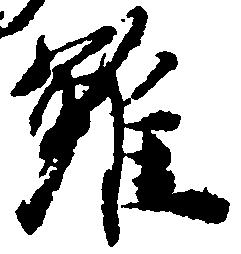
雖